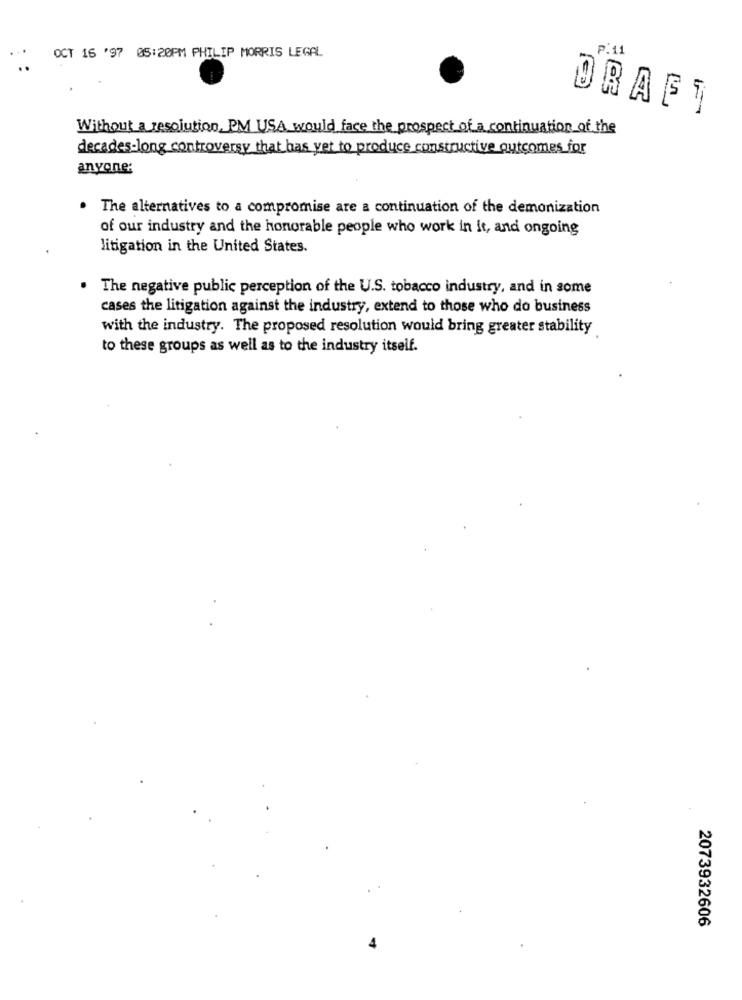
OCT 16 '97 05:20PM PHILIP MORRIS LEGAL
P:11
DRAFT
Without a resolution, PM USA would face the prospect of a continuation of the
decades-long controversy that has yet to produce constructive outcomes for
anyone:
The alternatives to a compromise are a continuation of the demonization
of our industry and the honorable people who work in it, and ongoing
litigation in the United States.
The negative public perception of the U.S. tobacco industry, and in some
cases the litigation against the industry, extend to those who do business
with the industry. The proposed resolution would bring greater stability
to these groups as well as to the industry itself.
2073932606